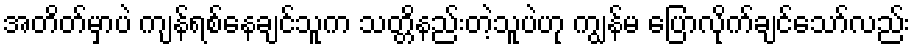
အတိတ်မှာပဲ ကျန်ရစ်နေချင်သူက သတ္တိနည်းတဲ့သူပဲဟု ကျွန်မ ပြောလိုက်ချင်သော်လည်း